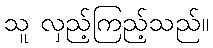
သူ လှည့်ကြည့်သည်။